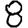
Digit: 8